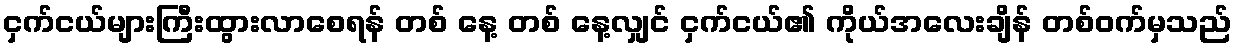
ငှက်ငယ်များကြီးထွားလာစေရန် တစ် နေ့ တစ် နေ့လျှင် ငှက်ငယ်၏ ကိုယ်အလေးချိန် တစ်ဝက်မှသည်